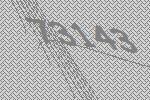
73143